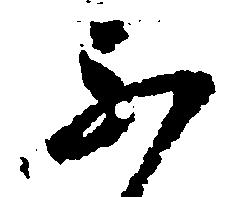
ふ